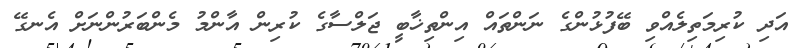
އަދި ކުރިމަތިލެއްވި ބޭފުޅުންގެ ނަންތައް އިންތިޚާބީ ޖަލްސާގެ ކުރިން އާންމު މެންބަރުންނަށް އެނގޭ